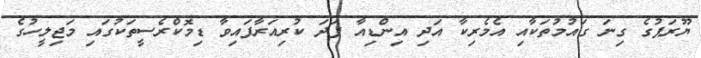
ޔޫރަޕުގެ ގިނަ ގައުމުތަކާއި އެމެރިކާ އަދި އިންޑިއާ ފަދަ ކުރިއަރާފައިވާ ޑިމޮކްރެސީތަކުގައި މަޖިލީހުގެ